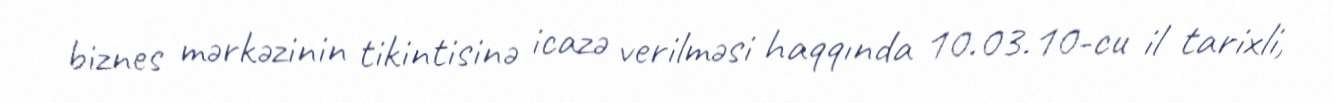
biznes mərkəzinin tikintisinə icazə verilməsi haqqında 10.03.10-cu il tarixli,